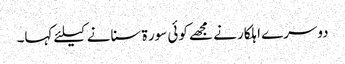
دوسرے اہلکار نے مجھے کوئی سور ۃ سنانے کیلئے کہا۔